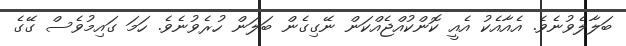
ބަލާލެވުނެވެ. އެއާއެކު އެއީ ކޮންކުއްޖެއްކަން ނޭގިގެން ބަލަން ހުރެވުނެވެ. ހަމަ ގައިމުވެސް ގޭގެ